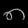
Digit: ၈